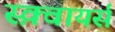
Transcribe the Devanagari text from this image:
स्क़्वायर्स